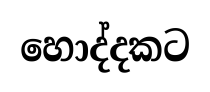
හොද්දකට